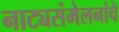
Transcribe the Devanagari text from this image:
नाट्यसंमेलनांचे